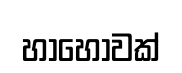
හාහෝවක්